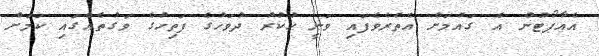
އެއާޕޯޓުން އެ ގައުމަށް އެތެރެެވެފައި ވަނީ ހުކުރު ދުވަހުގެ ފަތިހުގެ ވަގުތެއްގައި ކަމަށް